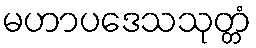
မဟာပဒေသသုတ္တံ